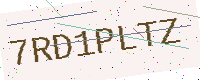
Text: 7RD1PLTZ